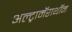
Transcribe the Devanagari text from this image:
अल्ट्रामॅराथॉन